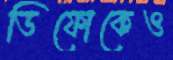
ডিফোকেও